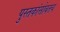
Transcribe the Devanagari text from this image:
पुस्तकांसोबतच